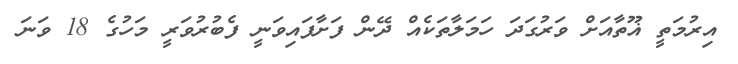
އިރުމަތީ ޣޫތާއަށް ވަރުގަދަ ހަމަލާތަކެއް ދޭން ފަށާފައިވަނީ ފެބުރުވަރީ މަހުގެ 18 ވަނަ